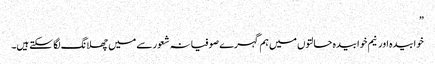
”
خوابیدہ اور نیم خوابیدہ حالتوں میں ہم گہرے صوفیانہ شعور سے میں چھلانگ لگا سکتے ہیں۔